Scottish Leaving Certificate Examination, 1954
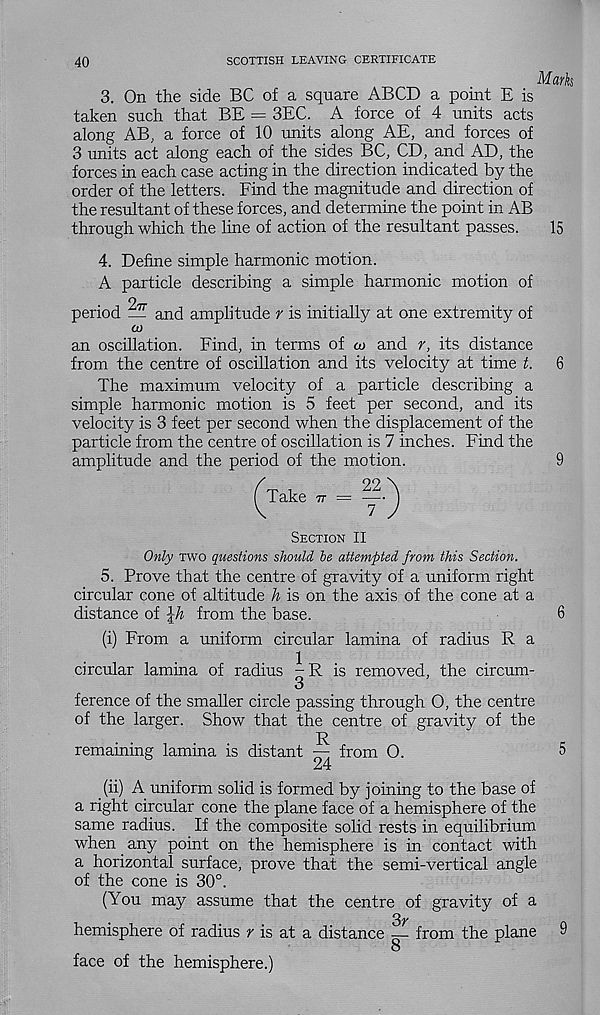
40
SCOTTISH LEAVING CERTIFICATE
3. On the side BC of a square ABCD a point E is
taken such that BE = 3EC. A force of 4 units acts
along AB, a force of 10 units along AE, and forces of
3 units act along each of the sides BC, CD, and AD, the
forces in each case acting in the direction indicated by the
order of the letters. Find the magnitude and direction of
the resultant of these forces, and determine the point in AB
through which the line of action of the resultant passes.
15
4. Define simple harmonic motion.
A particle describing a simple harmonic motion of
period _ and amplitude r is initially at one extremity of
CO
an oscillation. Find, in terms of m and r, its distance
from the centre of oscillation and its velocity at time t.
The maximum velocity of a particle describing a
simple harmonic motion is 5 feet per second, and its
velocity is 3 feet per second when the displacement of the
particle from the centre of oscillation is 7 inches. Find the
amplitude and the period of the motion.
Take tt =
Section II
Only two questions should he attempted from this Section.
5. Prove that the centre of gravity of a uniform right
circular cone of altitude h is on the axis of the cone at a
distance of \h from the base.
(i) From a uniform circular lamina of radius R a
circular lamina of radius
is removed, the circum-
O
ference of the smaller circle passing through O, the centre
of the larger. Show that the centre of gravity of the
remaining lamina is distant — from O.
(ii) A uniform solid is formed by joining to the base of
a right circular cone the plane face of a hemisphere of the
same radius. If the composite solid rests in equilibrium
when any point on the hemisphere is in contact with
a horizontal surface, prove that the semi-vertical angle
of the cone is 30°.
(You may assume that the centre of gravity of a
3r
hemisphere of radius r is at a distance — from the plane
8
face of the hemisphere.)
6
9
6
5
9